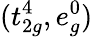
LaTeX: (t_{2g}^{4},e_{g}^{0})